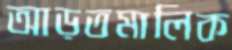
আড়তমালিক